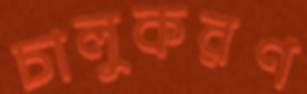
চালুকরণ